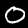
Label: 0